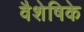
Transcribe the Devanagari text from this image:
वैशेषिके